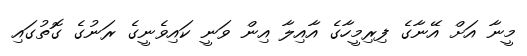
މީނާ އަށް އޭނާގެ ފިރިމީހާގެ އާއިލާ އިން ވަނީ ކައިވެނީގެ ރަނުގެ ގޮތުގައި